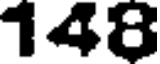
148